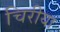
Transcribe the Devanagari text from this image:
चिरीया